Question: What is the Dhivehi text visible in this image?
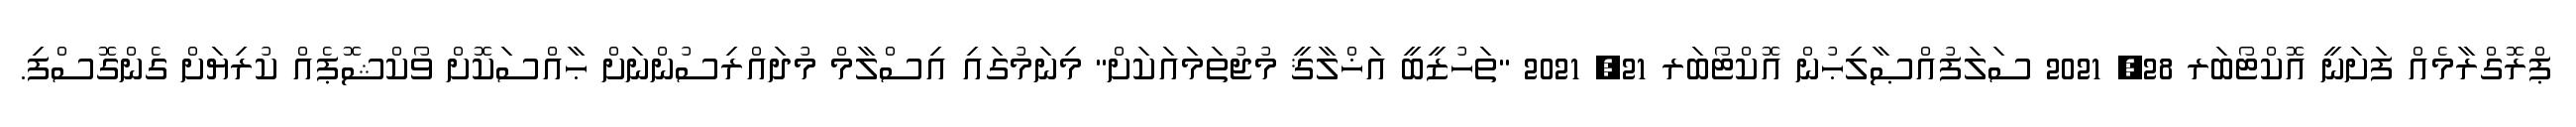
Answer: ޕްރޮގްރާމެއް ފަށަނީ އޮކްޓޯބަރ 28, 2021 ސަލަފުއްޞާލިޙުން އޮކްޓޯބަރ 21, 2021 "ތަހުޒީބީ އަޚްލާޤީ މުޖުތަމައަކަށް" މިނަމުގައި އިސްލާމް މުދައްރިސުންނަށް ޙާއްސަކޮށް ވޯކްޝޮޕެއް ކުރިޔަށް ގެންގޮސްފި.